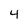
Character: 4